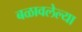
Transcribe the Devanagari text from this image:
बळावलेल्या